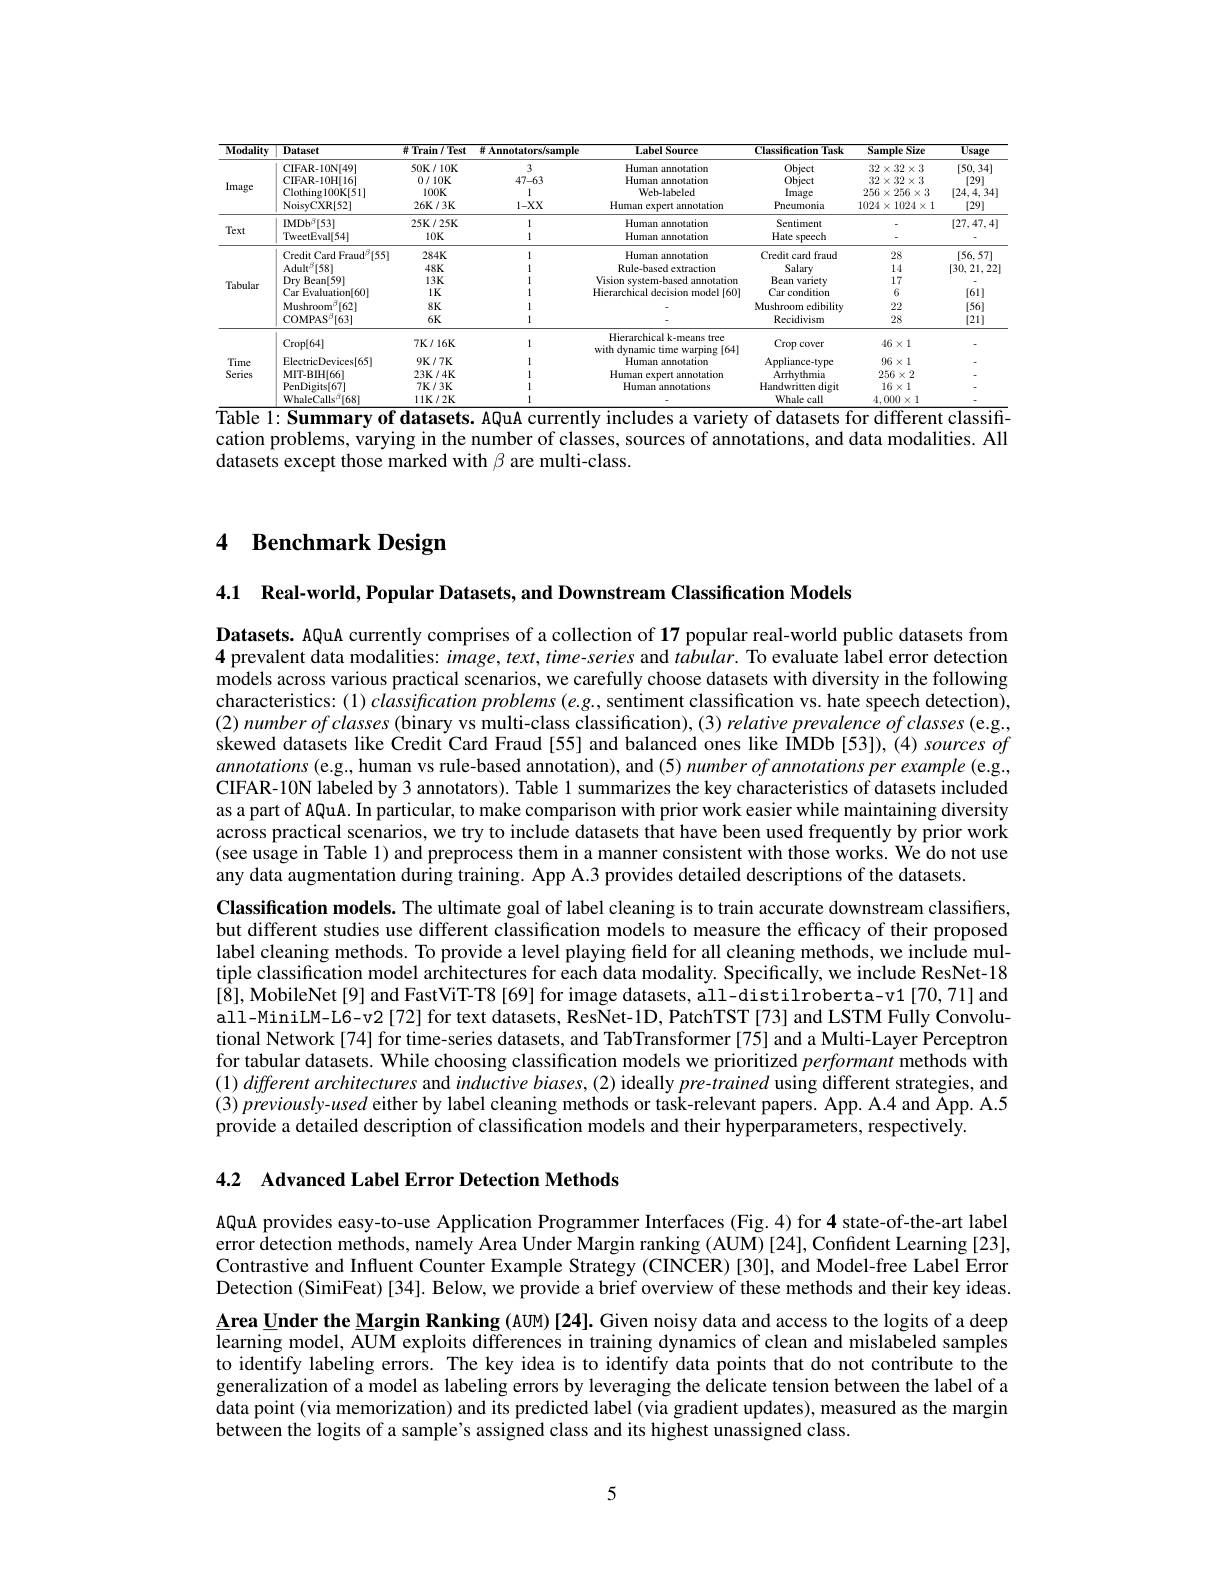
<table>
	<tbody>
		<tr>
			<th>${\mathbf{Modality}}$</th>
			<th>Dataset</th>
			<th>$\#$ Train / Test</th>
			<th>$\#$ Annotators/sample</th>
			<th>Label Source</th>
			<th>Classification Task</th>
			<th>Sample Size</th>
			<th>$\overline{\text{Usage}}$</th>
		</tr>
		<tr>
			<td rowspan="4">Image</td>
			<td>CIFAR-10N[49]</td>
			<td>$50\mathbf{K}/10\mathbf{K}$</td>
			<td>3</td>
			<td>Human annotation</td>
			<td>Object</td>
			<td>$32\times32\times3$</td>
			<td>[50.34]</td>
		</tr>
		<tr>
			<td>CIFAR-10H|16</td>
			<td>0/10K</td>
			<td>47-63</td>
			<td>Human annotation</td>
			<td>Object</td>
			<td>$32\times32\times3$</td>
			<td>[29]</td>
		</tr>
		<tr>
			<td>Clothing100K[ 51] </td>
			<td>$100K$</td>
			<td>1</td>
			<td>Web-labeled</td>
			<td>lmage</td>
			<td>$256\times256\times3$</td>
			<td>[24,4,34]</td>
		</tr>
		<tr>
			<td>NoisyCXR[ 52] </td>
			<td>$26K/3K$</td>
			<td>$1-XX$</td>
			<td>Human expert annotation</td>
			<td>Pneumonia</td>
			<td>$1024\times1024\times1$</td>
			<td>[29]</td>
		</tr>
		<tr>
			<td rowspan="2">Text</td>
			<td>IMD$b^{\beta }$[ 53] </td>
			<td>$25K/25K$</td>
			<td>1</td>
			<td>Human annotation</td>
			<td>Sentiment</td>
			<td> </td>
			<td>[27,47,4]</td>
		</tr>
		<tr>
			<td>TweetEval[54]</td>
			<td>$10K$</td>
			<td>1</td>
			<td>Human annotation</td>
			<td>Hate speech</td>
			<td> </td>
			<td> </td>
		</tr>
		<tr>
			<td rowspan="6">Tabular</td>
			<td>Credit Card Fraud$^\beta[55]$</td>
			<td>$284K$</td>
			<td>1</td>
			<td>Human annotation</td>
			<td>Credit card fraud</td>
			<td>28</td>
			<td>[56,57]</td>
		</tr>
		<tr>
			<td>$\mathrm{Adult}^{\beta}[58]$</td>
			<td>$48K$</td>
			<td>1</td>
			<td>Rule-based extraction</td>
			<td>Salary</td>
			<td>1.4</td>
			<td>[30,21,22]</td>
		</tr>
		<tr>
			<td>Dry Bean[ 59] </td>
			<td>$13K$</td>
			<td>1</td>
			<td>Vision system-based annotation</td>
			<td>Bean variety</td>
			<td>17</td>
			<td> </td>
		</tr>
		<tr>
			<td>Car l $\operatorname{Evaluation}[60]$</td>
			<td>$1K$</td>
			<td>1</td>
			<td>Hierarchical decision model [60]</td>
			<td>Car condition</td>
			<td>6</td>
			<td>[61]</td>
		</tr>
		<tr>
			<td>$\iota^{\beta}[62]$ Mushroom</td>
			<td>$8K$</td>
			<td>1</td>
			<td> </td>
			<td>Mushroom edibility</td>
			<td>22</td>
			<td>[56]</td>
		</tr>
		<tr>
			<td>$\mathrm{COMPAS}^{\beta}[63]$</td>
			<td>$6K$</td>
			<td>1</td>
			<td> </td>
			<td>Recidivism</td>
			<td>28</td>
			<td>[21]</td>
		</tr>
		<tr>
			<td rowspan="5">Time Series</td>
			<td>$\operatorname{Crop}[64]$</td>
			<td>$7K/16K$</td>
			<td>1</td>
			<td>Hierarchical k-means tree $\tau[64]$ vit T</td>
			<td>Crop cover</td>
			<td>$46\times1$</td>
			<td> </td>
		</tr>
		<tr>
			<td>ElectricDevices[65]</td>
			<td>$9K/7K$</td>
			<td>1</td>
			<td>Human Ann totation</td>
			<td>Appliance-type</td>
			<td>$96\times1$</td>
			<td> </td>
		</tr>
		<tr>
			<td>MIT-BIH[66]</td>
			<td>$23\mathbf{K}/4\mathbf{K}$</td>
			<td>1</td>
			<td>Human expert annotation</td>
			<td>Arthythmia</td>
			<td>$256\times2$</td>
			<td> </td>
		</tr>
		<tr>
			<td>PenDigits[67]</td>
			<td>$7K/3K$</td>
			<td>1</td>
			<td>Human annotations</td>
			<td>Handwritten digit</td>
			<td>$16\times1$</td>
			<td> </td>
		</tr>
		<tr>
			<td>$\mathrm{WhaleCalls}^{\beta}[68]$</td>
			<td>$11K/2K$</td>
			<td>1</td>
			<td> </td>
			<td>Whale call</td>
			<td>$4.000\times1$</td>
			<td> </td>
		</tr>
	</tbody>
</table>
$\overline{\text{Table 1: Summary of datasets. AQuA currently includes a variety of datasets for different classiff-}}$

cation problems, varying in the number of classes, sources of annotations, and data modalities. All
datasets except those marked with $\beta$ are multi-class.

### 4 $\textbf{Benchmark Design}$

4.1 Real-world, Popular Datasets, and Downstream Classification Models

Datasets. AQuA currently comprises of a collection of 17 popular real-world public datasets from 4 prevalent data modalities: $image,text,time-series$ and $tabular.$ To evaluate label error detection models across various practical scenarios, we carefully choose datasets with diversity in the following characteristics: (1) classification problems (e.g., sentiment classification vs. hate speech detection), $(2)numberofclasses(binaryvsmulti-classclassification),(3)relativeprevalenceofclasses(e.g..$ skewed datasets like Credit Card Fraud [55] and balanced ones like IMDb [53]), (4) sources of annotations (e.g., human vs rule-based annotation), and (5) number of annotations per example (e.g.. CIFAR-10N labeled by 3 annotators). Table 1 summarizes the key characteristics of datasets included as a part of AQuA. In particular, to make comparison with prior work easier while maintaining diversity across practical scenarios, we try to include datasets that have been used frequently by prior work $(\hat{\text{see usage in Table 1}})$ and preprocess them in a manner consistent with those works. We do not use any data augmentation during training. App A.3 provides detailed descriptions of the datasets.
Classification models. The ultimate goal of label cleaning is to train accurate downstream classiffers, but different studies use different classification models to measure the efficacy of their proposed label cleaning methods. To provide a level playing field for all cleaning methods, we include multiple classification model architectures for each data modality. Specifically, we include ResNet-18 [8], MobileNet[9] and FastViT-T8 [69] for image datasets, all-distilroberta-v1 [70,71] and all-MiniLM-L6-v2[72] for text datasets, ResNet-1D, PatchTST [73] and LSTM Fully Convolutional Network[74] for time-series datasets, and TabTransformer [75] and a Multi-Layer Perceptron for tabular datasets. While choosing classification models we prioritized performant methods with $( 1) \textit{ different architectures and inductive biases, ( 2) ideally pre- trained using different strategies, and}$ $( 3) \textit{previously- used either by label cleaning methods or task- relevant papers. App. A. 4 and Kpp. A. 5}$ provide a detailed description of classification models and their hyperparameters, respectively.

4.2 Advanced Label Error Detection Methods

AQuA provides easy-to-use Application Programmer Interfaces (Fig.4) for 4 state-of-the-art label error detection methods, namely Area Under Margin ranking (AUM) [24], Confident Learning [23], Contrastive and Influent Counter Example Strategy (CINCER) [30], and Model-free Label Error Detection (SimiFeat)[34]. Below, we provide a brief overview of these methods and their key ideas

Area Under the Margin Ranking (AUM) [24]. Given noisy data and access to the logits of a deep learning model, AUM exploits differences in training dynamics of clean and mislabeled samples to identify labeling errors. The key idea is to identify data points that do not contribute to the generalization of a model as labeling errors by leveraging the delicate tension between the label of a data point (via memorization) and its predicted label (via gradient updates), measured as the margin between the logits of a sample's assigned class and its highest unassigned class.

5